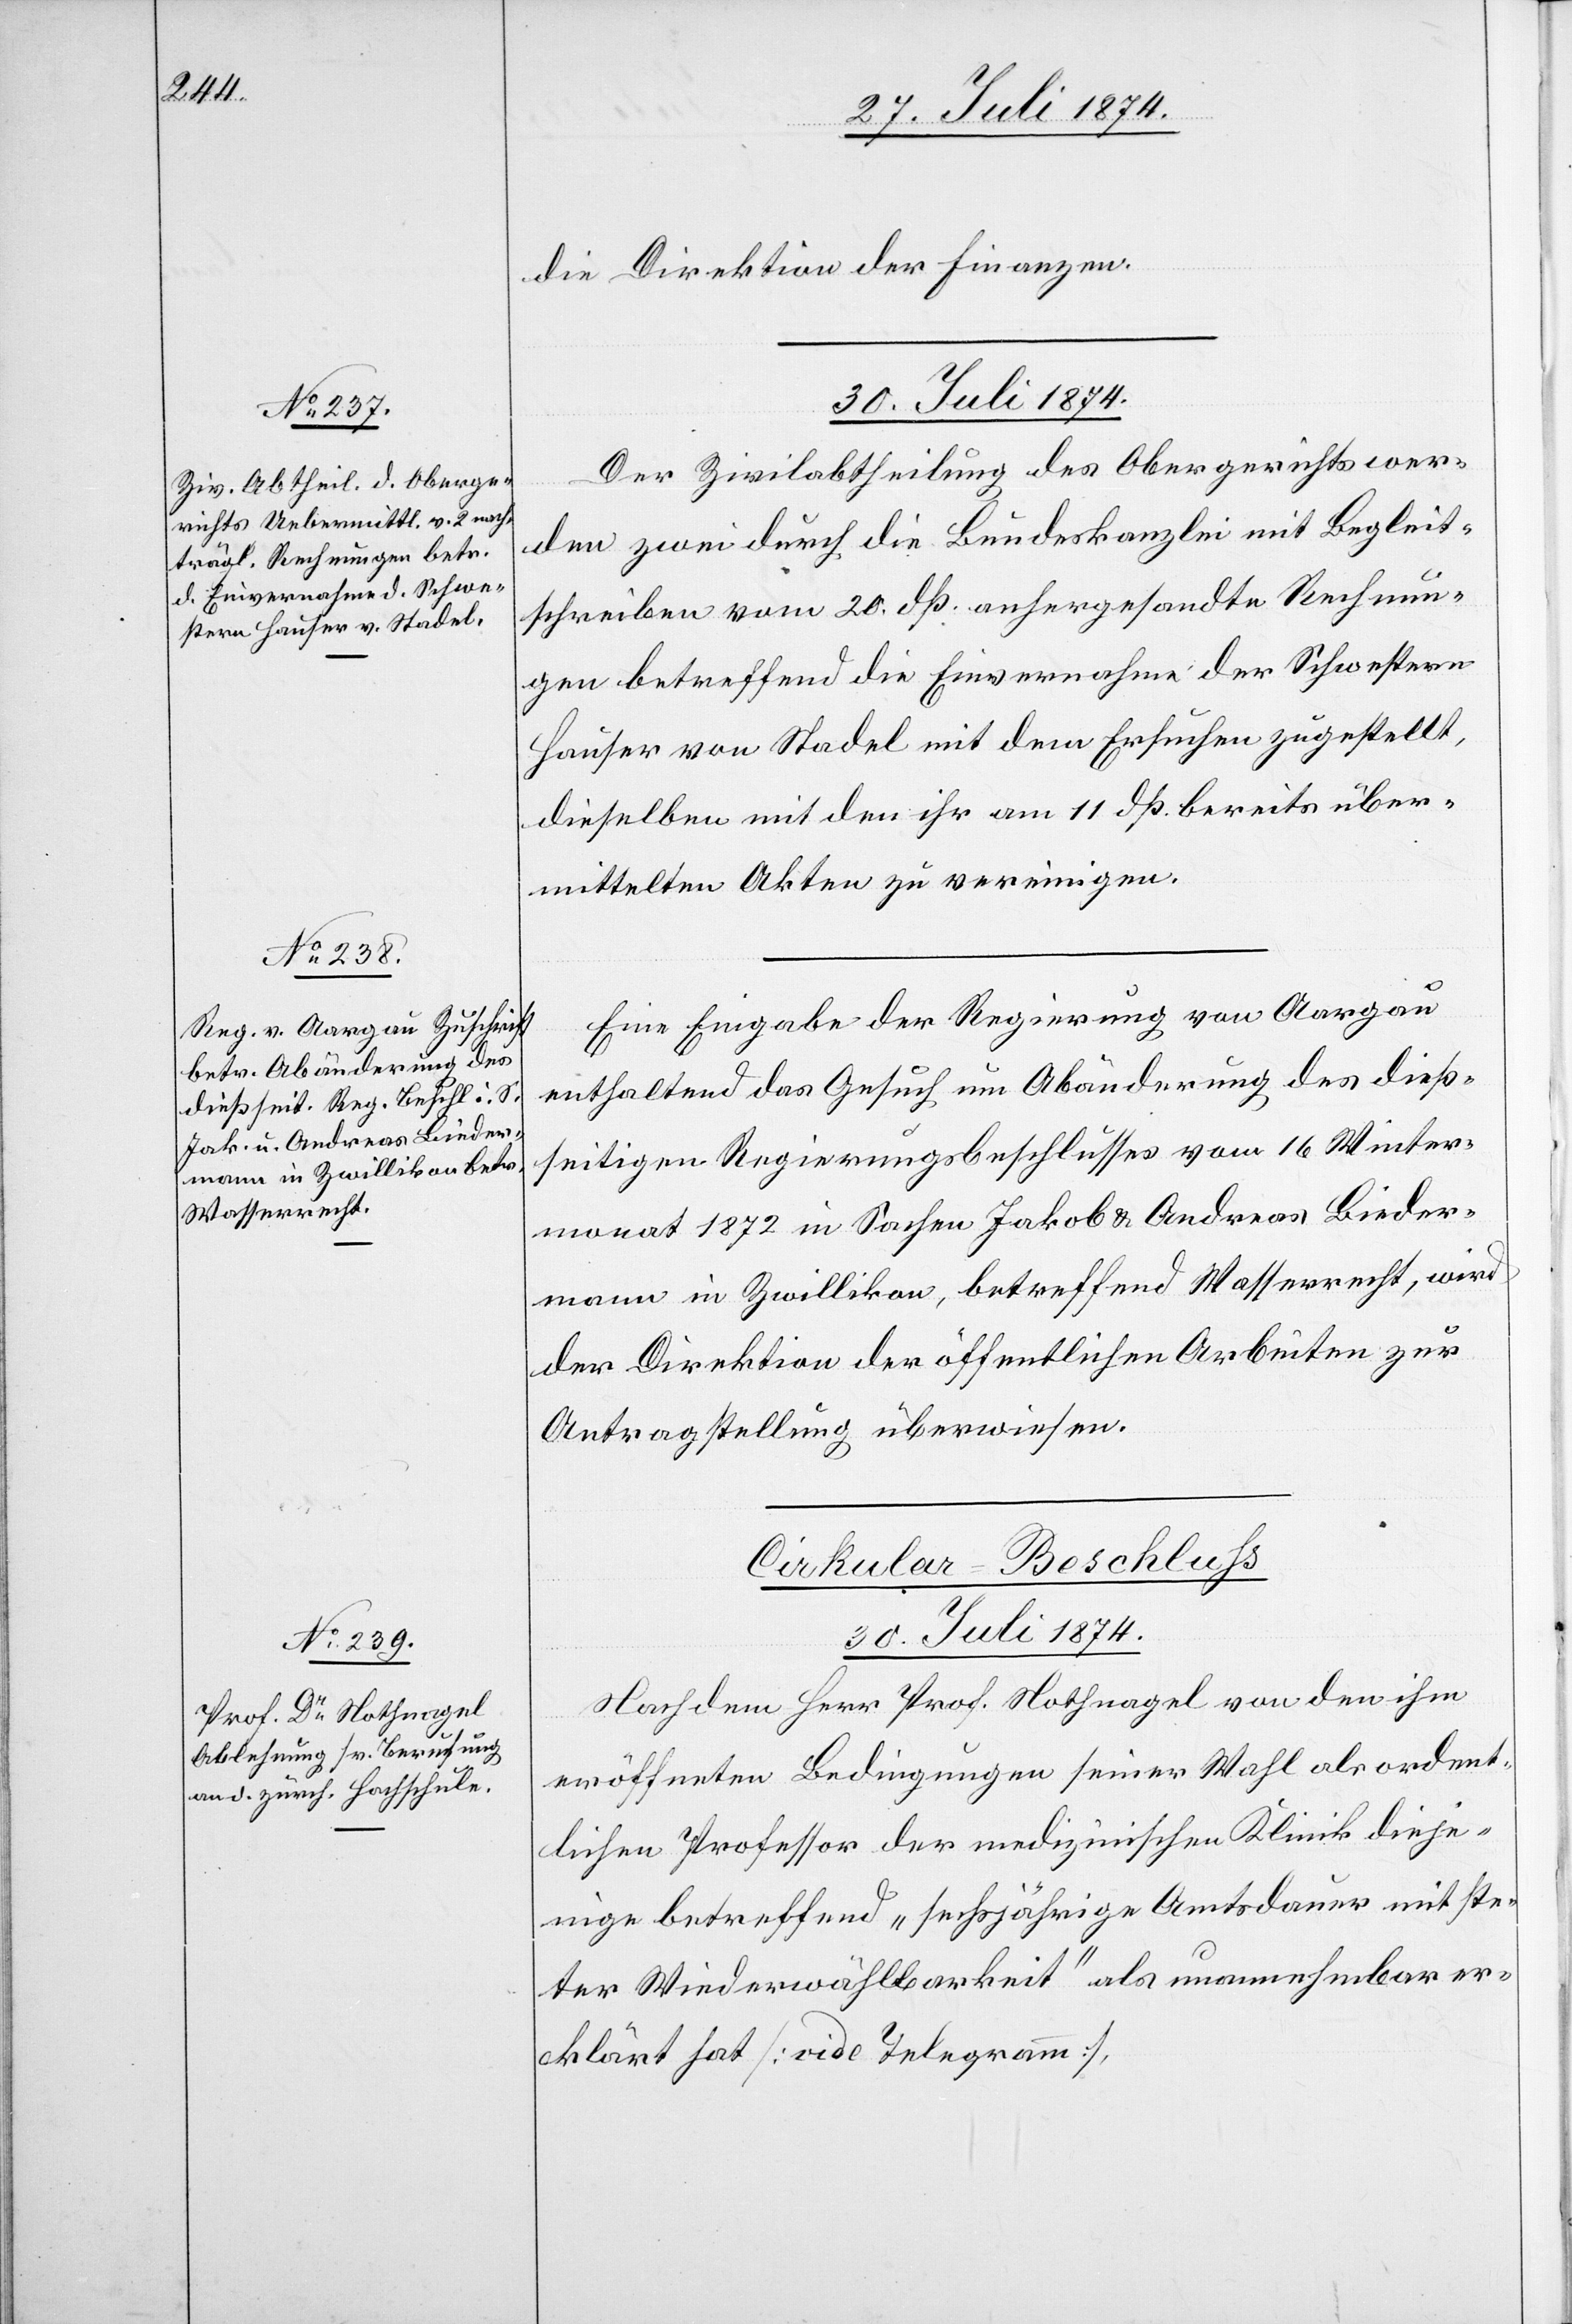
die Direktion der Finanzen.
30. Juli 1874.]
Der Zivilabtheilung des Obergerichts wer¬
den zwei durch die Bundeskanzlei mit Begleit¬
schreiben vom 20. dß. anhergesandte Rechnun¬
gen betreffend die Einvernahme der Schwestern
Hauser von Stadel mit dem Ersuchen zugestellt,
dieselben mit den ihr am 11. dß. bereits über¬
mittelten Akten zu vereinigen.
Eine Eingabe der Regierung von Aargau
enthaltend das Gesuch um Abänderung des dieß¬
seitigen Regierungsbeschlusses vom 16. Winter¬
monat 1872 in Sachen Jakob u. Andreas Bieder¬
mann in Zwillikon, betreffend Wasserrecht, wird
der Direktion der öffentlichen Arbeiten zur
Antragstellung überwiesen.
Cirkular-Beschluß
30. Juli 1874.
Nachdem Herr Prof. Nothnagel von den ihm
eröffneten Bedingungen seiner Wahl als ordent¬
lichen Professor der medizinischen Klinik dieje¬
nige betreffend „sechsjährige Amtsdauer mit ste¬
ter Wiederwählbarkeit“ als unannehmbar er¬
klärt hat [vide Telgeramm],